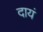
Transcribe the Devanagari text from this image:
दायं